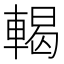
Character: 輵